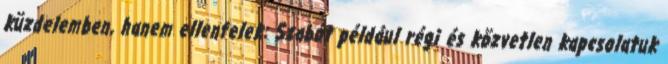
küzdelemben, hanem ellenfelek: Szabót például régi és közvetlen kapcsolatuk